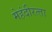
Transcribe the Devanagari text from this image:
मेहंदीरत्‍ता